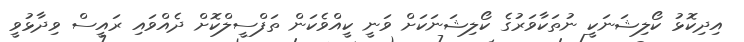
އިދިކޮޅު ކޯލިޝަނަކީ ނުތަކާވަރުގެ ކޯލިޝަނަކަށް ވަނީ ކީއްވެކަން ތަފްސީލްކޮށް ދެއްވައި ރައީސް ވިދާޅުވީ